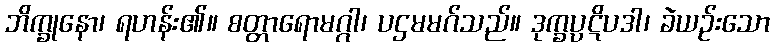
ဘိက္ခုနော၊ ရဟန်း၏။ စတ္တာရောမဂ္ဂါ၊ ပဌမမဂ်သည်။ ဒုက္ခပ္ပဋိပဒါ၊ ခဲယဉ်းသော